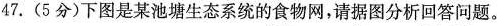
47.(5分)下图是某池塘生态系统的食物网，请据图分析回答问题。